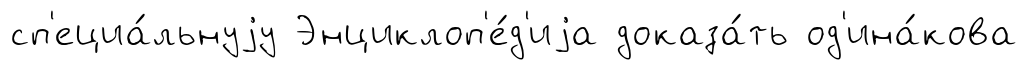
сп'ециа́льнуjу Энциклоп'е́д'иjа доказа́ть од'ина́кова